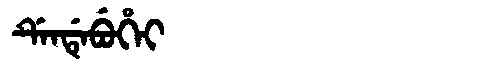
Manchu: ᡩᡝᠨᡩᡝᠪᡠᡥᡝᡳ
Romanization: DENDEBUHEI